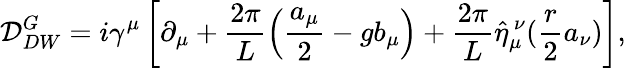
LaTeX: {\cal D}_{DW}^{G}=i\gamma^{\mu}\left[\partial_{\mu}+\frac{2\pi}{L}\left(\frac{a_{\mu}}{2}-gb_{\mu}\right)+\frac{2\pi}{L}\hat{\eta}_{\mu}^{~\nu}(\frac{r}{2}a_{\nu})\right],